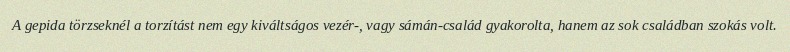
A gepida törzseknél a torzítást nem egy kiváltságos vezér-, vagy sámán-család gyakorolta, hanem az sok családban szokás volt.